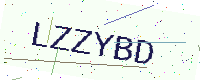
Text: LZZYBD